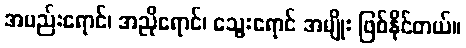
အမည်းရောင်၊ အညိုရောင်၊ သွေးရောင် အမျိုး ဖြစ်နိုင်တယ်။